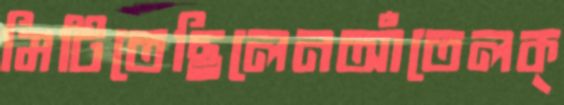
মিটিতেছিলেনআঁতেলক্